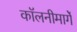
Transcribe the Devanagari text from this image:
कॉलनीमार्गे